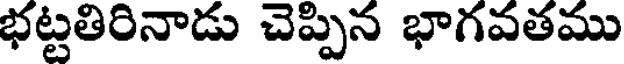
భట్టతిరినాడు చెప్పిన భాగవతము